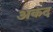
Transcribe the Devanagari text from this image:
अकद